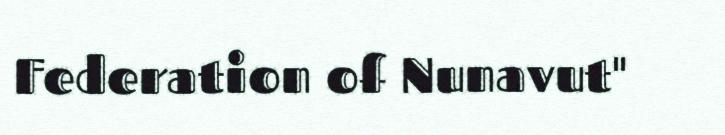
Federation of Nunavut"